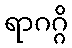
ရာဂဂ္ဂိ